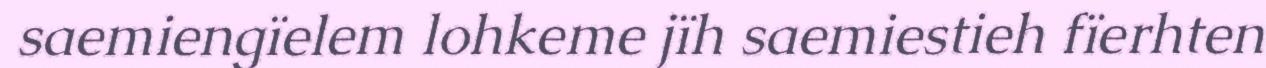
saemiengïelem lohkeme jïh saemiestieh fïerhten